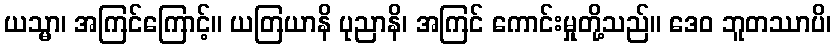
ယသ္မာ၊ အကြင်ကြောင့်။ ယတြယာနိ ပုညာနိ၊ အကြင် ကောင်းမှုတို့သည်။ ဒေဝ ဘူတဿာပိ၊